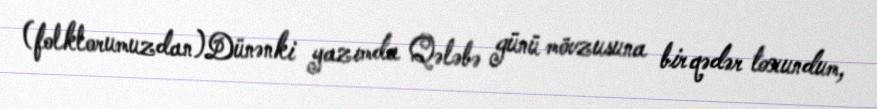
(folklorumuzdan)Dünənki yazımda Qələbə günü mövzusuna bir qədər toxundum,